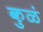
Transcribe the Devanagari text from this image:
कुळं